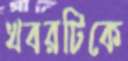
খবরটিকে